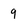
Character: 9